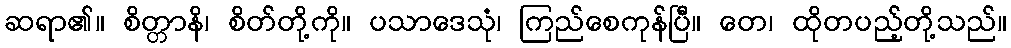
ဆရာ၏။ စိတ္တာနိ၊ စိတ်တို့ကို။ ပသာဒေသုံ၊ ကြည်စေကုန်ပြီ။ တေ၊ ထိုတပည့်တို့သည်။